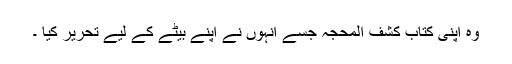
وہ اپنی کتاب کشف المحجہ جسے انہوں نے اپنے بیٹے کے لیے تحریر کیا ۔